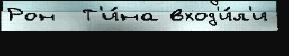
Рон  Т'и́на вход'и́л'и